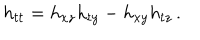
h _ { t t } = h _ { x z } h _ { t y } - h _ { x y } h _ { t z } \, .